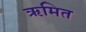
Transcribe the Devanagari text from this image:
ॠमित